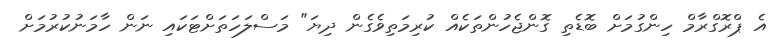
އެ ޕްރޮގްރާމް ހިންގުމަށް ބޮޑެތި ގޮންޖެހުންތަކެއް ކުރިމަތިވެގެން ދިޔަ" މަސްލަހަތަށްޓަކައި ނަން ހާމަނުކުރުމަށް